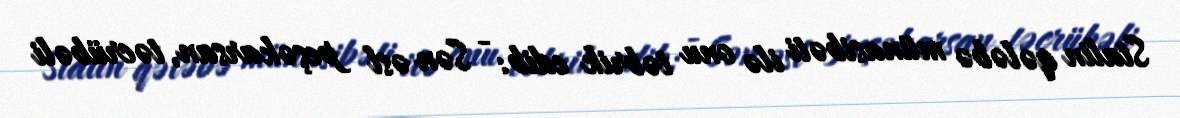
Stalin qələbə münasibəti ilə onu təbrik edib: - Sən əsl peşəkarsan, təcrübəli